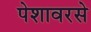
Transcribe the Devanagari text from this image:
पेशावरसे